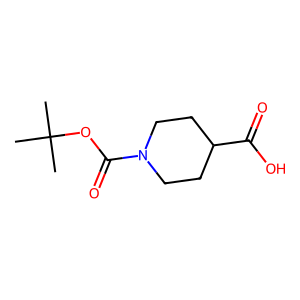
SMILES: CC(C)(C)OC(=O)N1CCC(C(=O)O)CC1
Inhibits HIV replication: No